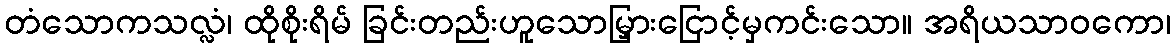
တံသောကသလ္လံ၊ ထိုစိုးရိမ် ခြင်းတည်းဟူသောမြှားငြောင့်မှကင်းသော။ အရိယသာဝကော၊